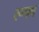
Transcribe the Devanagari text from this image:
रूपप